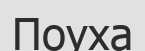
Поуха